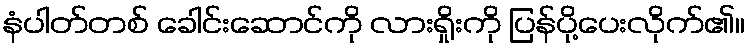
နံပါတ်တစ် ခေါင်းဆောင်ကို လားရှိုးကို ပြန်ပို့ပေးလိုက်၏။